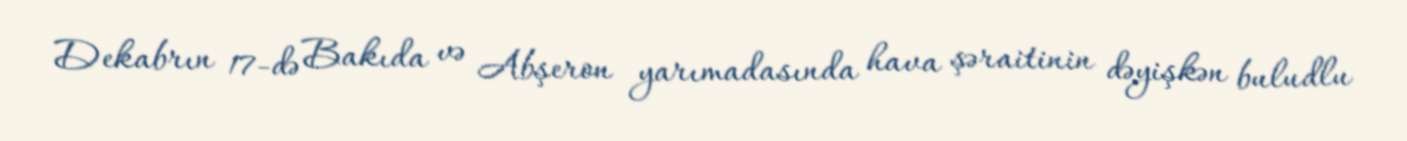
Dekabrın 17-də Bakıda və Abşeron yarımadasında hava şəraitinin dəyişkən buludlu